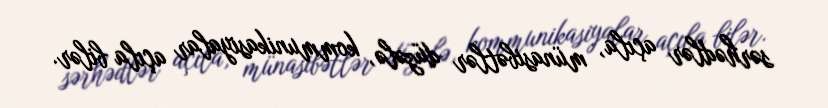
sərhədlər açıla, münasibətlər düzələ, kommunikasiyalar açıla bilər.